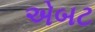
એબટ